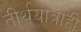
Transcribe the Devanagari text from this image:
तीर्थयात्राही